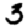
Digit: 3